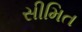
સીમિત